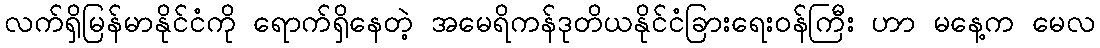
လက်ရှိမြန်မာနိုင်ငံကို ရောက်ရှိနေတဲ့ အမေရိကန်ဒုတိယနိုင်ငံခြားရေးဝန်ကြီး ဟာ မနေ့က မေလ